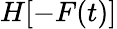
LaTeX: H[-F(t)]